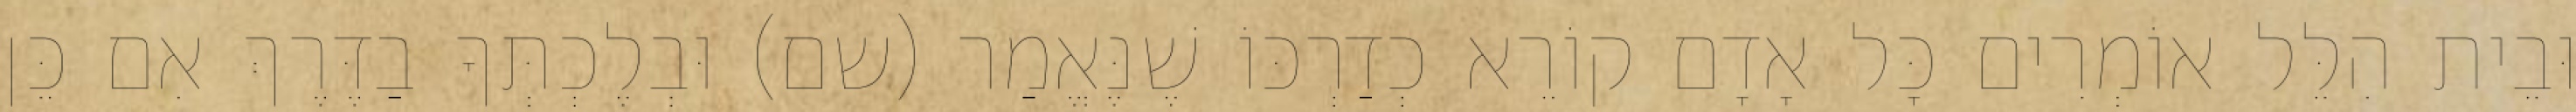
וּבֵית הִלֵּל אוֹמְרִים כָּל אָדָם קוֹרֵא כְדַרְכּוֹ שֶׁנֶּאֱמַר (שם) וּבְלֶכְתְּךָ בַדֶּרֶךְ אִם כֵּן